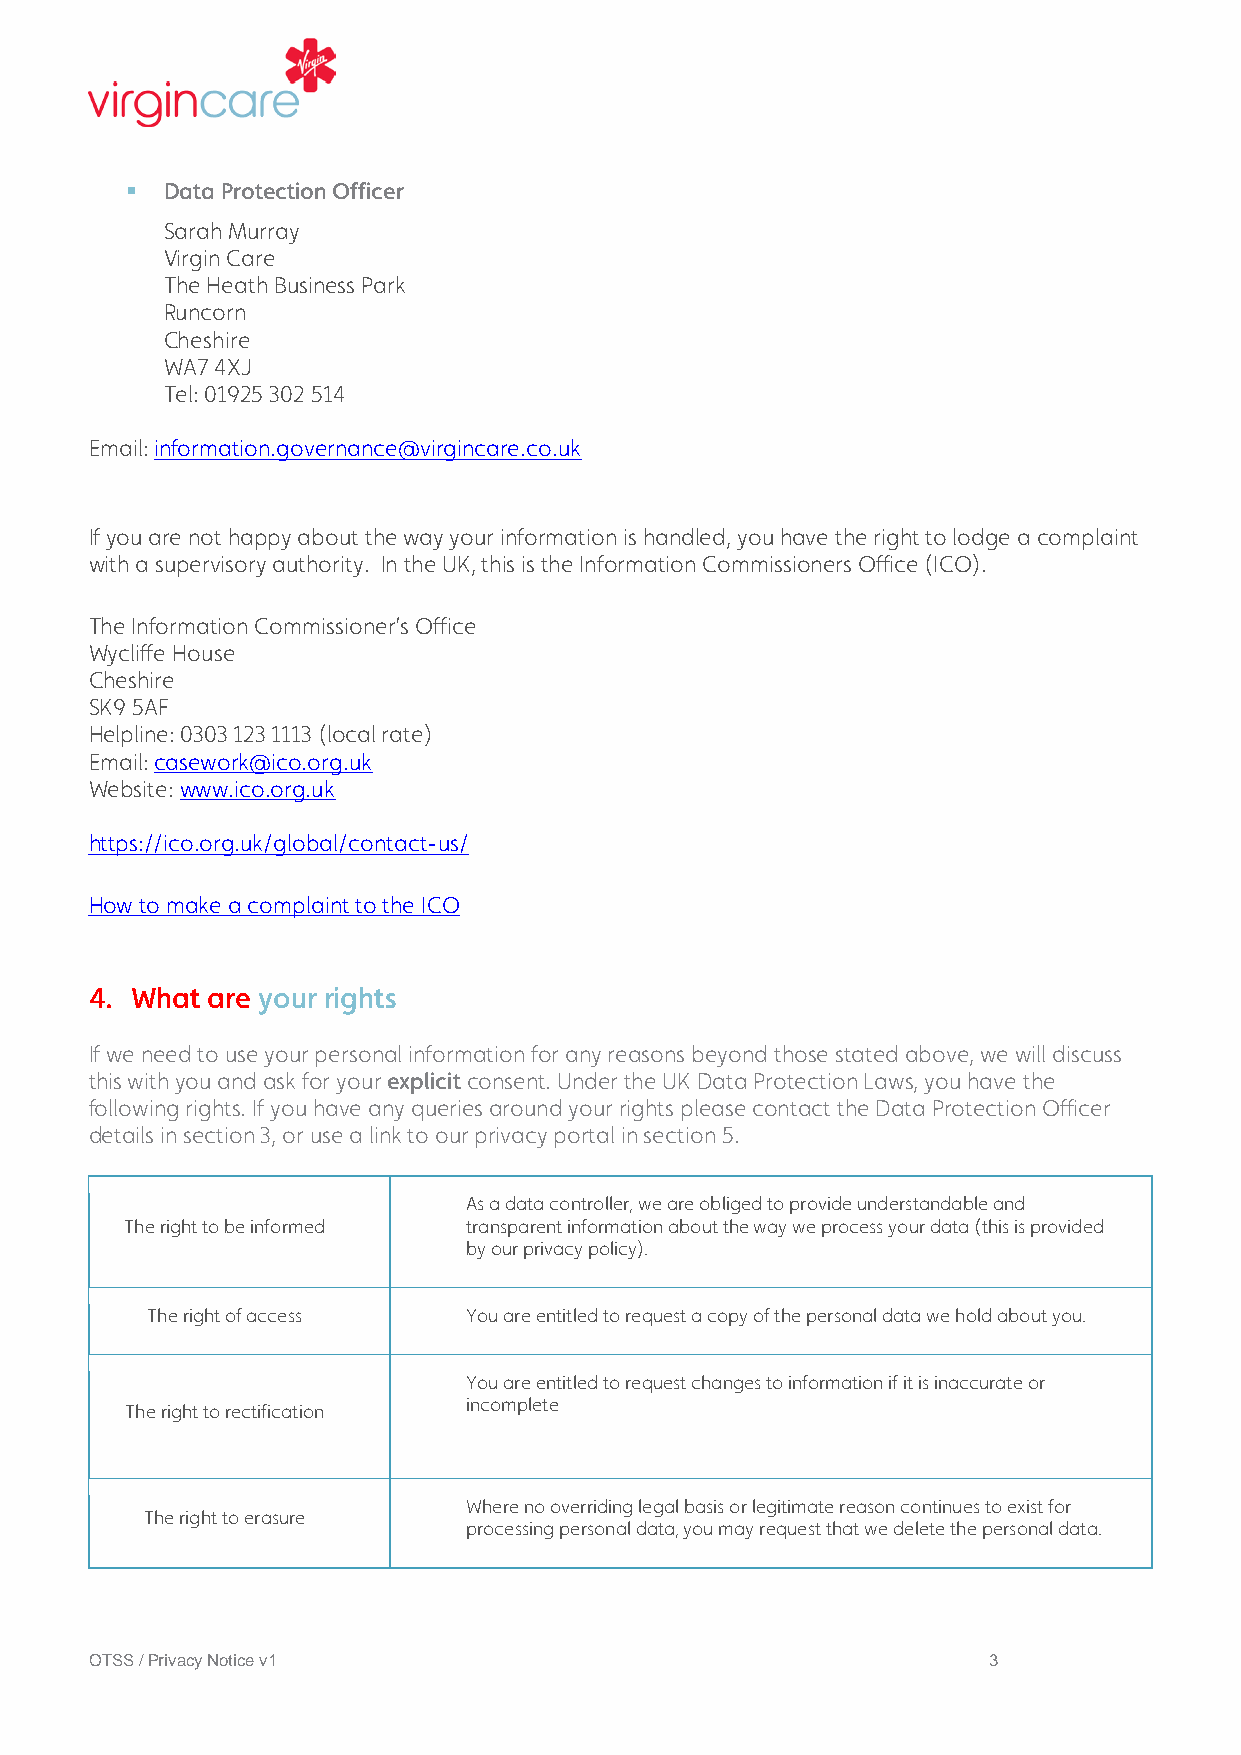
  Data Protection Officer
 Sarah Murray
 Virgin Care
 The Heath Business Park
 Runcorn
 Cheshire
 WA7 4XJ
 Tel: 01925 302 514
 Email: information.governance@virgincare.co.uk
 If you are not happy about the way your information is handled, you have the right to lodge a complaint
 with a supervisory authority. In the UK, this is the Information Commissioners Office (ICO).
 The Information Commissioner’s Office
 Wycliffe House
 Cheshire
 SK9 5AF
 Helpline: 0303 123 1113 (local rate)
 Email: casework@ico.org.uk
 Website: www.ico.org.uk
 https://ico.org.uk/global/contact-us/
 How to make a complaint to the ICO
 4. What are your rights
 If we need to use your personal information for any reasons beyond those stated above, we will discuss
 this with you and ask for your explicit consent. Under the UK Data Protection Laws, you have the
 following rights. If you have any queries around your rights please contact the Data Protection Officer
 details in section 3, or use a link to our privacy portal in section 5.
 As a data controller, we are obliged to provide understandable and
 The right to be informed transparent information about the way we process your data (this is provided
 by our privacy policy).
 The right of access  You are entitled to request a copy of the personal data we hold about you.
 You are entitled to request changes to information if it is inaccurate or
 The right to rectification incomplete
 Where no overriding legal basis or legitimate reason continues to exist for
 The right to erasure
 processing personal data, you may request that we delete the personal data.
 OTSS / Privacy Notice v1                                   3